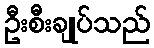
ဦးစီးချုပ်သည်